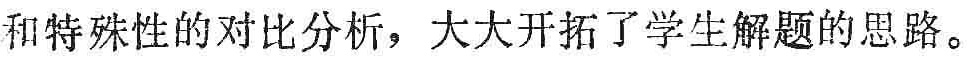
和特殊性的对比分析，大大开拓了学生解题的思路。